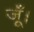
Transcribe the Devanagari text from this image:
जूँ।